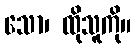
သော၊ ထိုသူကို။